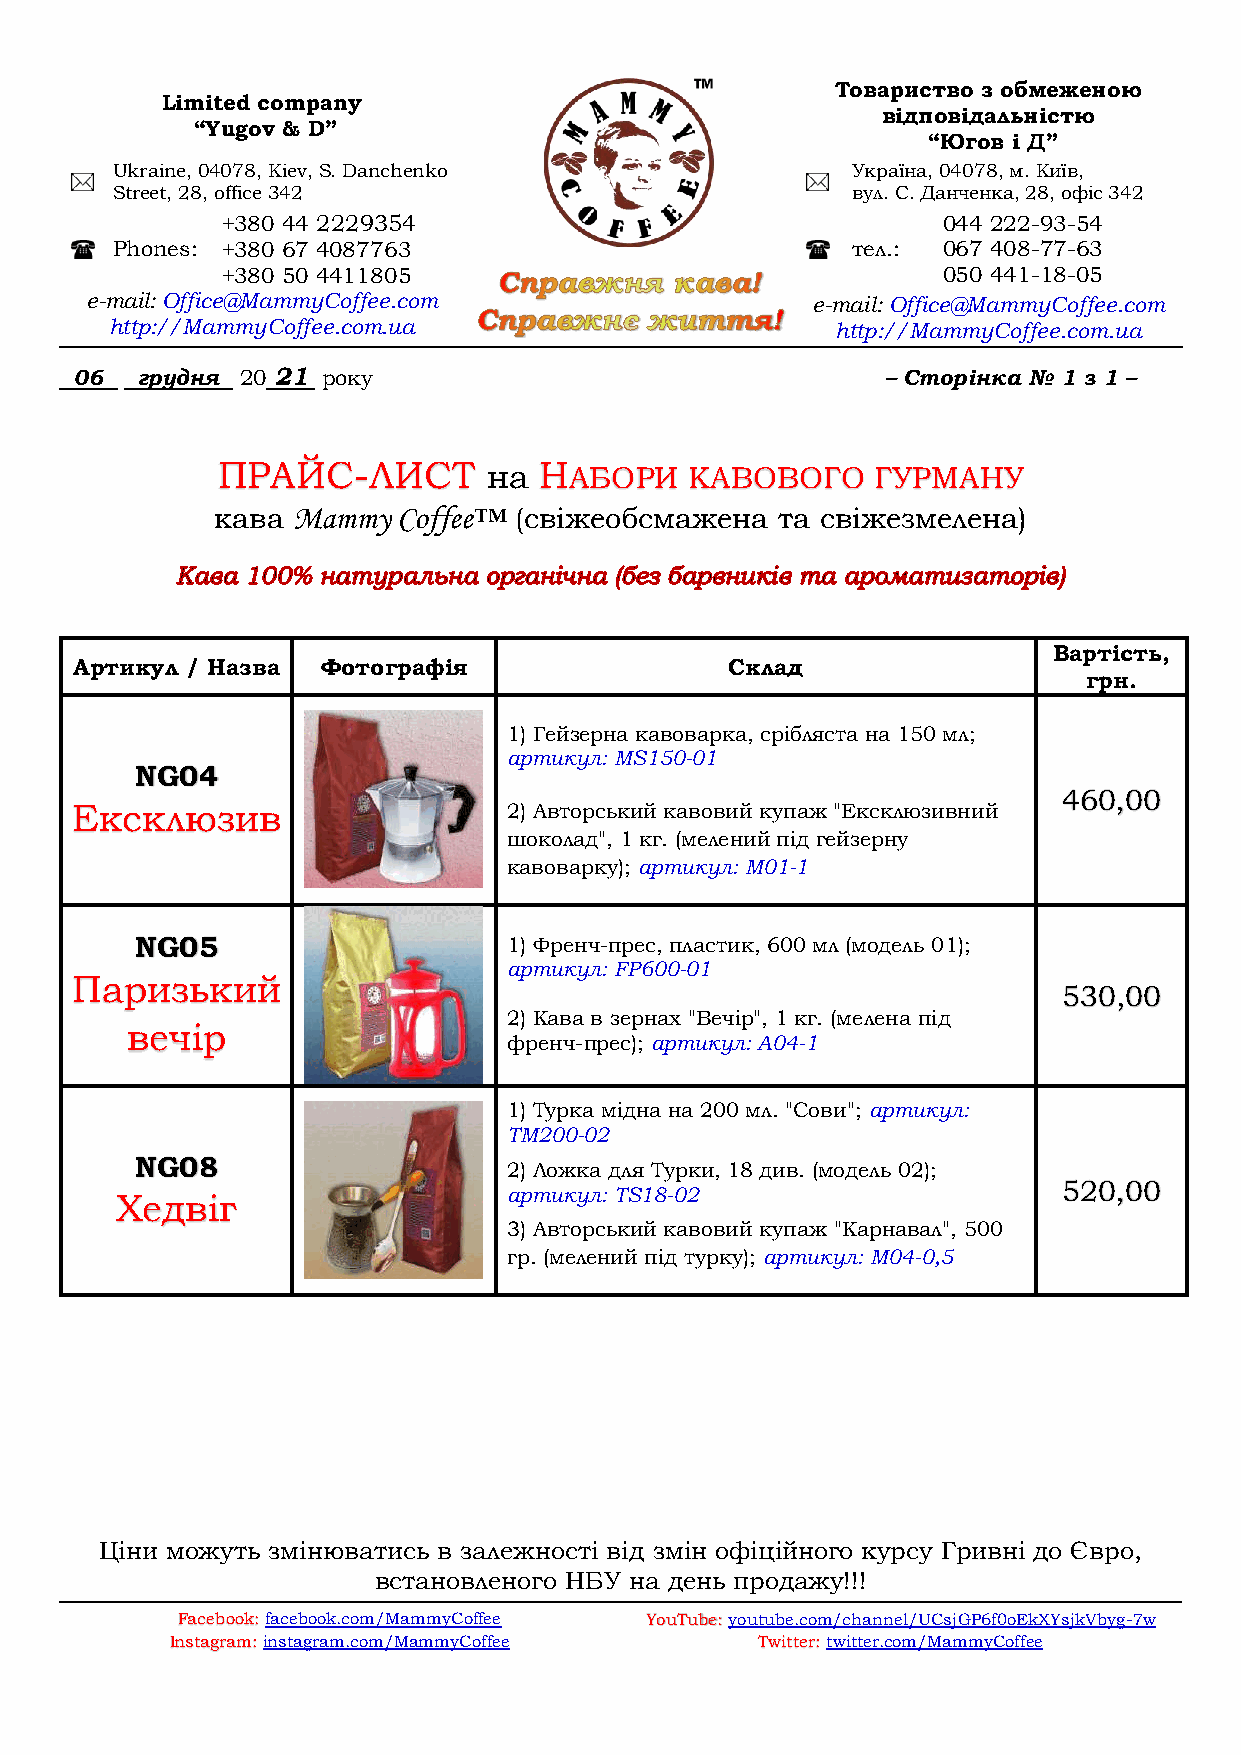
Товариство з обмеженою
 Limited company
 відповідальністю
 “Yugov & D”
 “Югов і Д”
 Ukraine, 04078, Kiev, S. Danchenko               Україна, 04078, м. Київ,
 Street, 28, office 342                           вул. С. Данченка, 28, офіс 342
 +380 44 2229354                                044 222-93-54
 Phones: +380 67 4087763                          тел.: 067 408-77-63
 +380 50 4411805                                050 441-18-05
 e-mail: Office@MammyCoffee.com                  e-mail: Office@MammyCoffee.com
 http://MammyCoffee.com.ua                       http://MammyCoffee.com.ua
 06  грудня 20 21 року                                 – Сторінка № 1 з 1 –
 ПРАЙС-ЛИСТ        на  НАБОРИ    КАВОВОГО    ГУРМАНУ
 кава Mammy  Coffee™ (свіжеобсмажена  та свіжезмелена)
 Вартість,
 Артикул / Назва Фотографія                 Склад
 грн.
 1) Гейзерна кавоварка, срібляста на 150 мл;
 артикул: MS150-01
 NG04
 460,00
 Ексклюзив                    2) Авторський кавовий купаж "Ексклюзивний
 шоколад", 1 кг. (мелений під гейзерну
 кавоварку); артикул: M01-1
 NG05                     1) Френч-прес, пластик, 600 мл (модель 01);
 артикул: FP600-01
 Паризький
 530,00
 2) Кава в зернах "Вечір", 1 кг. (мелена під
 вечір
 френч-прес); артикул: A04-1
 1) Турка мідна на 200 мл. "Сови"; артикул:
 TM200-02
 NG08
 2) Ложка для Турки, 18 див. (модель 02);
 520,00
 артикул: TS18-02
 Хедвіг
 3) Авторський кавовий купаж "Карнавал", 500
 гр. (мелений під турку); артикул: M04-0,5
 Ціни можуть змінюватись в залежності від змін офіційного курсу Гривні до Євро,
 встановленого НБУ на день продажу!!!
 Facebook: facebook.com/MammyCoffee YouTube: youtube.com/channel/UCsjGP6f0oEkXYsjkVbyg-7w
 Instagram: instagram.com/MammyCoffee   Twitter: twitter.com/MammyCoffee